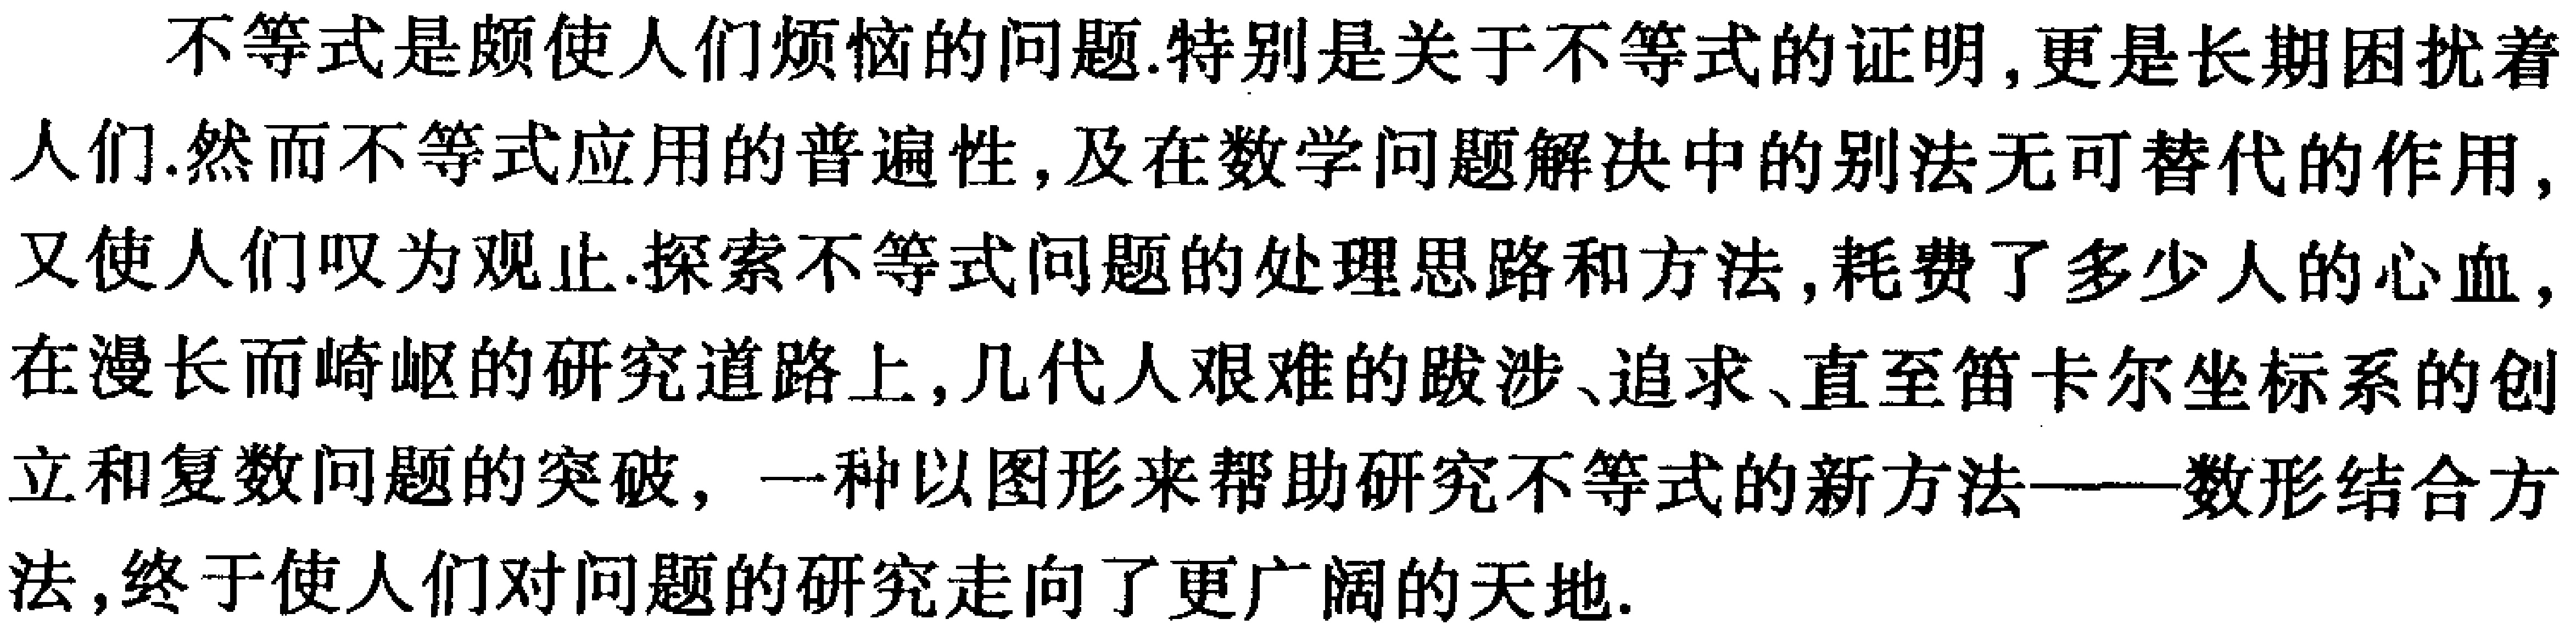
不等式是颇使人们烦恼的问题.特别是关于不等式的证明,更是长期困扰着人们.然而不等式应用的普遍性,及在数学问题解决中的别法无可替代的作用,又使人们叹为观止.探索不等式问题的处理思路和方法,耗费了多少人的心血,在漫长而崎岖的研究道路上,几代人艰难的跋涉、追求、直至笛卡尔坐标系的创立和复数问题的突破, 一种以图形来帮助研究不等式的新方法——数形结合方法,终于使人们对问题的研究走向了更广阔的天地.